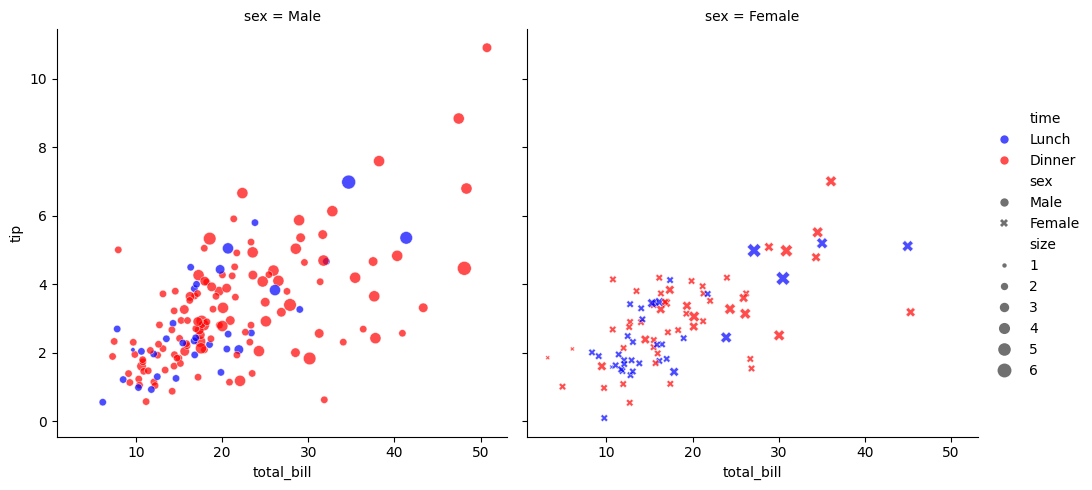
python, seaborn, relplot, alpha=0.7